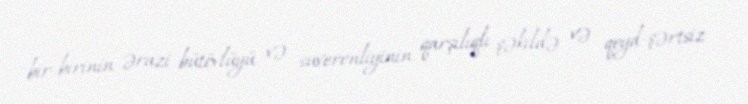
bir-birinin ərazi bütövlüyü və suverenliyinin qarşılıqlı şəkildə və qeyd-şərtsiz